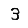
Digit: 3